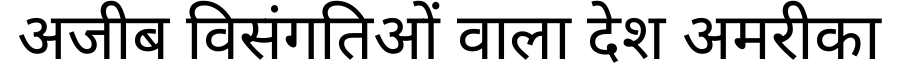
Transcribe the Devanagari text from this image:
अजीब विसंगतिओं वाला देश अमरीका